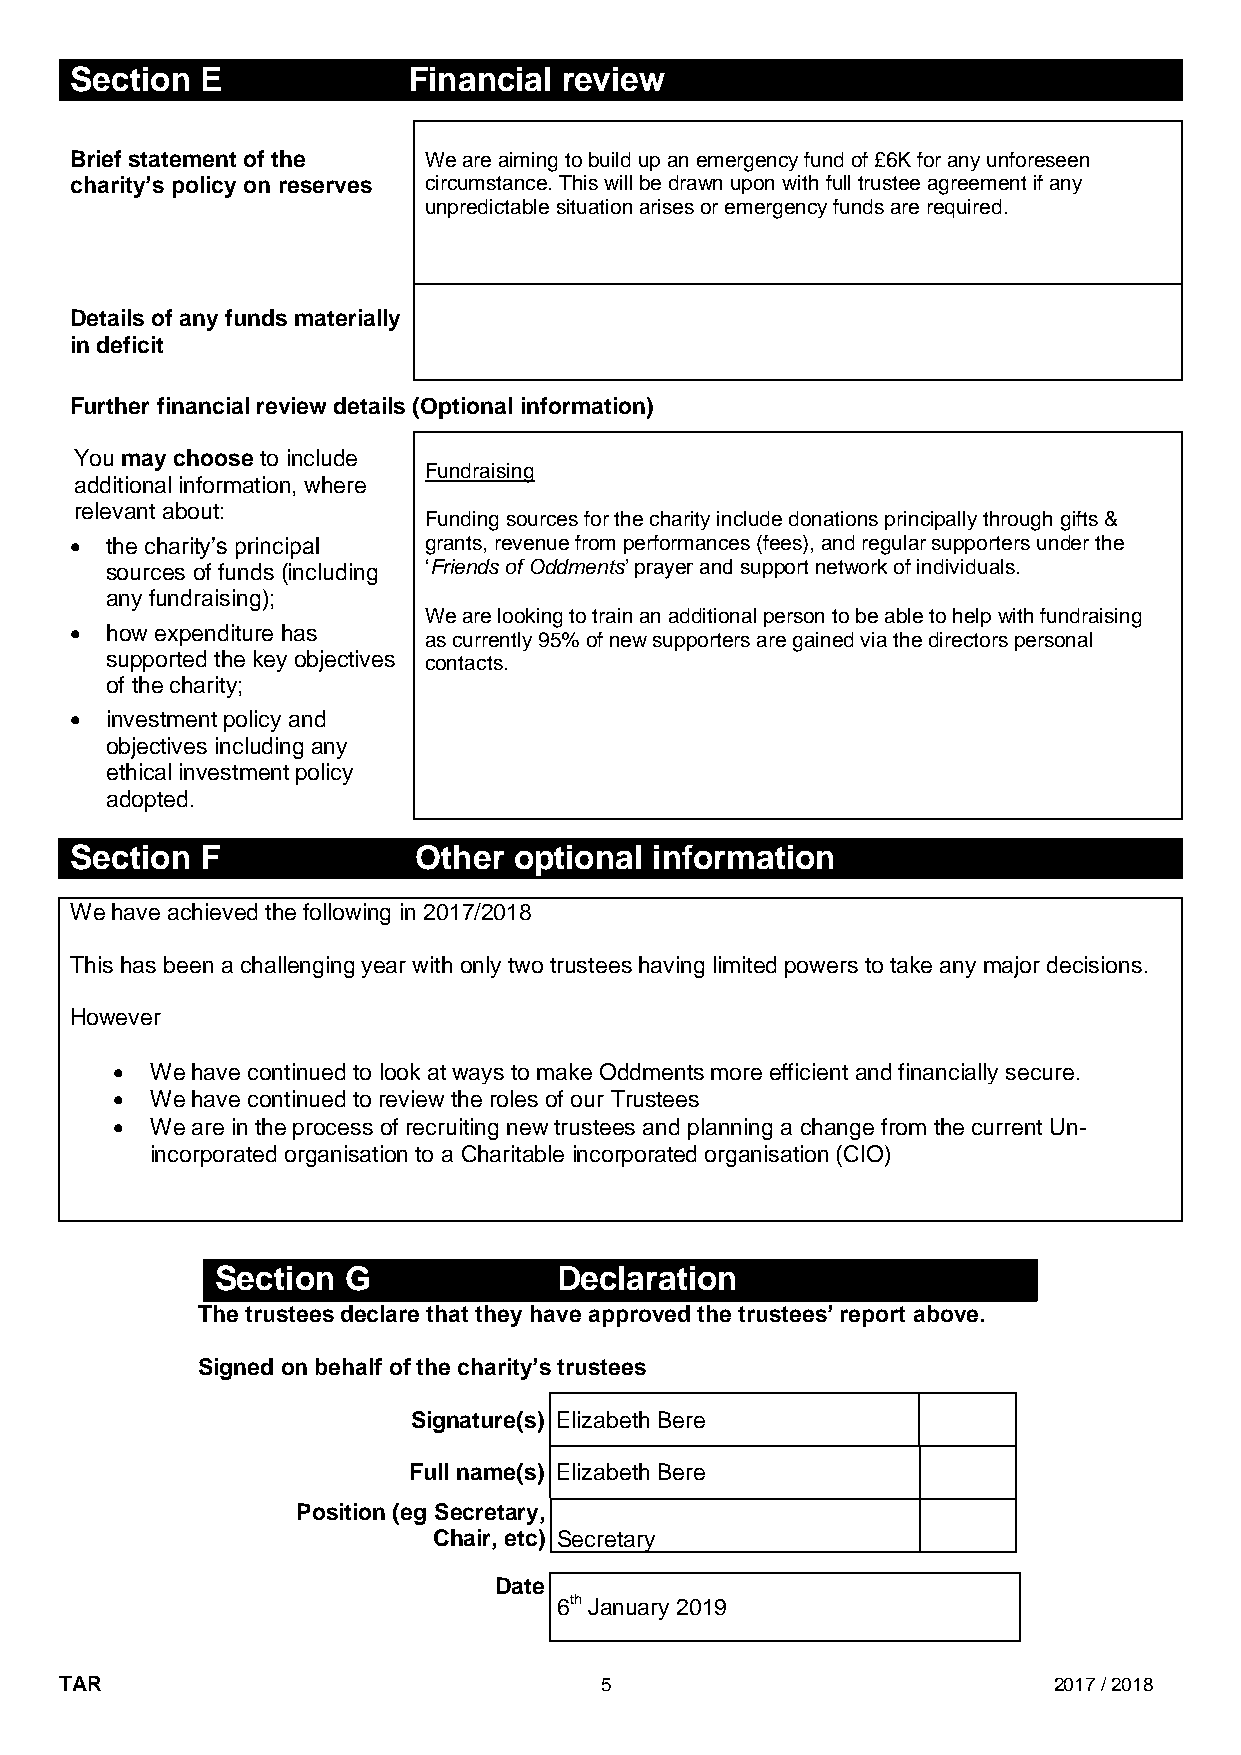
Section E             Financial review
 Brief statement of the We are aiming to build up an emergency fund of £6K for any unforeseen
 charity’s policy on reserves circumstance. This will be drawn upon with full trustee agreement if any
 unpredictable situation arises or emergency funds are required.
 Details of any funds materially
 in deficit
 Further financial review details (Optional information)
 You may choose to include
 Fundraising
 additional information, where
 relevant about:
 Funding sources for the charity include donations principally through gifts &
  the charity’s principal grants, revenue from performances (fees), and regular supporters under the
 sources of funds (including ‘Friends of Oddments’ prayer and support network of individuals.
 any fundraising);
 We are looking to train an additional person to be able to help with fundraising
  how expenditure has
 as currently 95% of new supporters are gained via the directors personal
 supported the key objectives contacts.
 of the charity;
  investment policy and
 objectives including any
 ethical investment policy
 adopted.
 Section F             Other  optional information
 We have achieved the following in 2017/2018
 This has been a challenging year with only two trustees having limited powers to take any major decisions.
 However
   We have continued to look at ways to make Oddments more efficient and financially secure.
   We have continued to review the roles of our Trustees
   We are in the process of recruiting new trustees and planning a change from the current Un-
 incorporated organisation to a Charitable incorporated organisation (CIO)
 Section  G             Declaration
 The trustees declare that they have approved the trustees’ report above.
 Signed on behalf of the charity’s trustees
 Signature(s) Elizabeth Bere
 Full name(s) Elizabeth Bere
 Position (eg Secretary,
 Chair, etc) Secretary
 Date
 6th January 2019
 TAR                                 5                             2017 / 2018